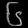
Digit: ၆